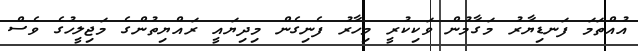
އުއްތަމަ ފަނޑިޔާރު މަގާމުން ވަކިކުރީ މިހާރު ފެނިގެން މިދިޔައީ ރައްޔިތުންގެ މަޖިލީހުގެ ވެސް